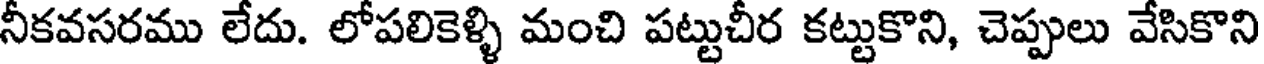
నీకవసరము లేదు. లోపలికెళ్ళి మంచి పట్టుచీర కట్టుకొని, చెప్పులు వేసికొని